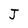
Character: J